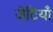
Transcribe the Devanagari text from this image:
जेटियाँ